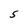
Character: S